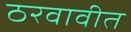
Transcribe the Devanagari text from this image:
ठरवावीत